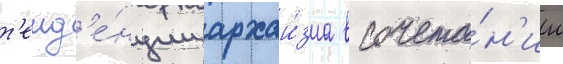
т'енд'е́нции архаи́зма в сочета́н'ии